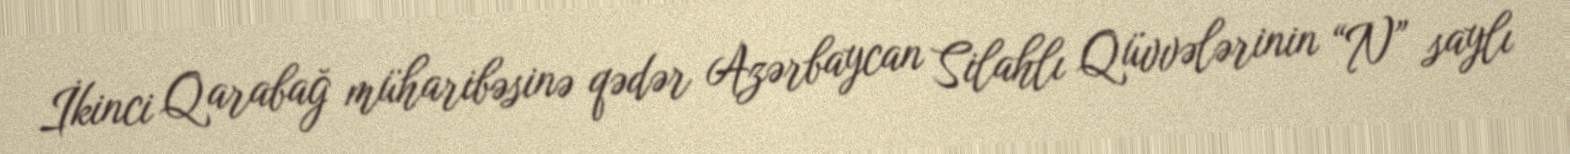
İkinci Qarabağ müharibəsinə qədər Azərbaycan Silahlı Qüvvələrinin “N” saylı